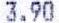
3.90